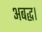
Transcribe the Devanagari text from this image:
अबद्ध।